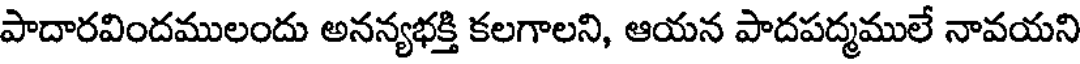
పాదారవిందములందు అనన్యభక్తి కలగాలని, ఆయన పాదపద్మములే నావయని